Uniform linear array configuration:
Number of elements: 64
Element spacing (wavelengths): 0.5
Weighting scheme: cosine
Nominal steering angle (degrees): -30
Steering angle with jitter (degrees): -31.232
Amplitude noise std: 0.05
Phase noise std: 0.05

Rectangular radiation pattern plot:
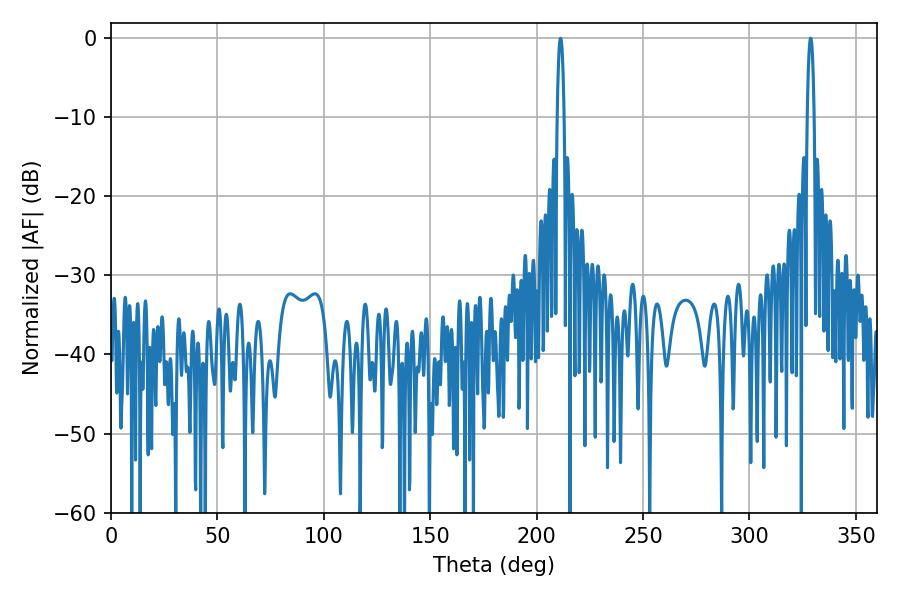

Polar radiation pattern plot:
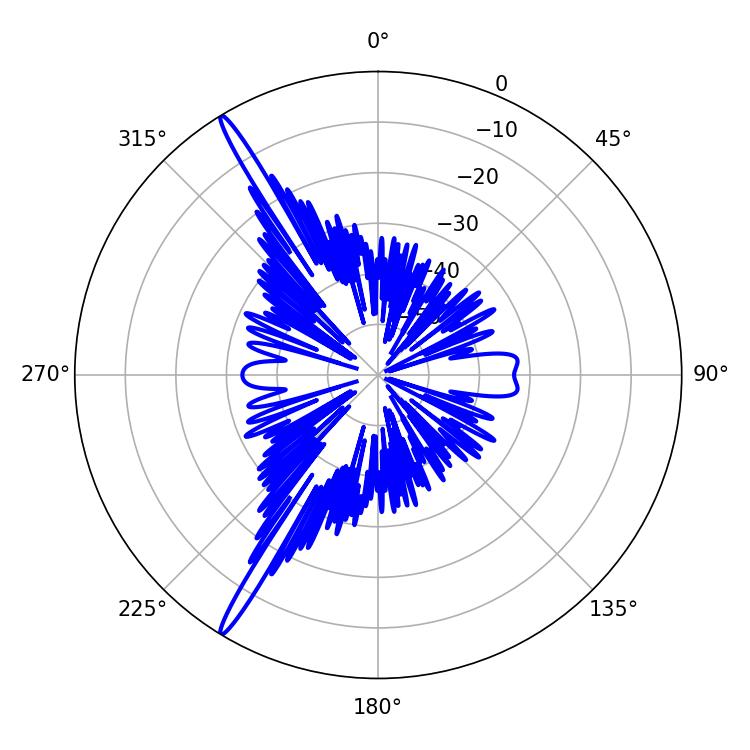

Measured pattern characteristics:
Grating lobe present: FALSE
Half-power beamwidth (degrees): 1.8
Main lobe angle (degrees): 328.68